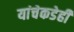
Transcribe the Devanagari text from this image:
यांचेकडेही